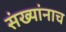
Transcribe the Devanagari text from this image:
संख्यांनाच